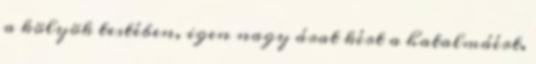
a kölyök testében, igen nagy árat kért a hatalmáért.